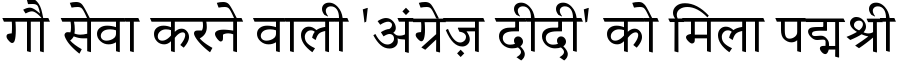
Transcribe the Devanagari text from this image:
गौ सेवा करने वाली 'अंग्रेज़ दीदी' को मिला पद्मश्री